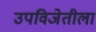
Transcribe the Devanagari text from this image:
उपविजेतीला